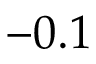
- 0 . 1